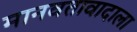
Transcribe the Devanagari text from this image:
मानवतावादाला